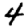
Digit: 4